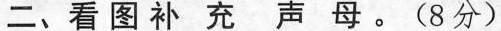
二、看图补充声母。(8分)